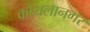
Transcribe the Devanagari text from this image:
कोयलानगर